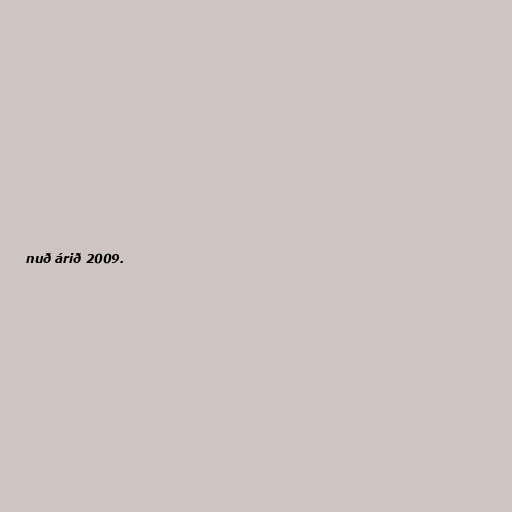
nuð árið 2009.